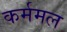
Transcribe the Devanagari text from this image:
कर्ममल